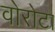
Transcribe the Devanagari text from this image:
वोरोटा